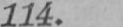
114.